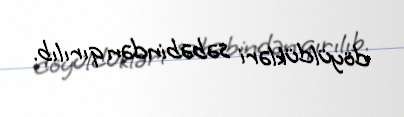
döyüldükləri səbəbindən qırılıb.